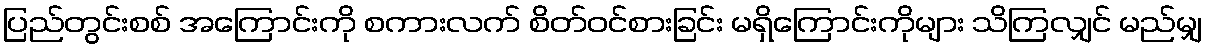
ပြည်တွင်းစစ် အကြောင်းကို စကားလက် စိတ်ဝင်စားခြင်း မရှိကြောင်းကိုများ သိကြလျှင် မည်မျှ